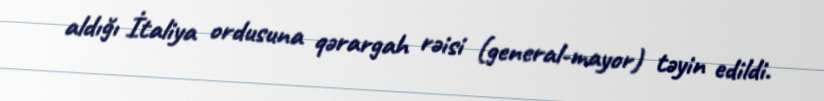
aldığı İtaliya ordusuna qərargah rəisi (general-mayor) təyin edildi.